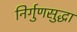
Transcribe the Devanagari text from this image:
निर्गुणसुद्धा